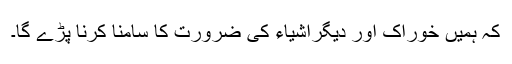
کہ ہمیں خوراک اور دیگراشیاء کی ضرورت کا سامنا کرنا پڑے گا۔